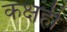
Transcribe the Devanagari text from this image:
कक्षही